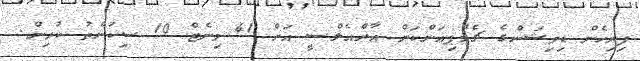
ފިރިހެން ޑިވިޝަންގެ ޗެމްޕިއަންކަން އާރްއެލްސީ އަށް 41 މިނެޓް 10 ސިކުންތު ކުރިން.